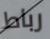
رباط